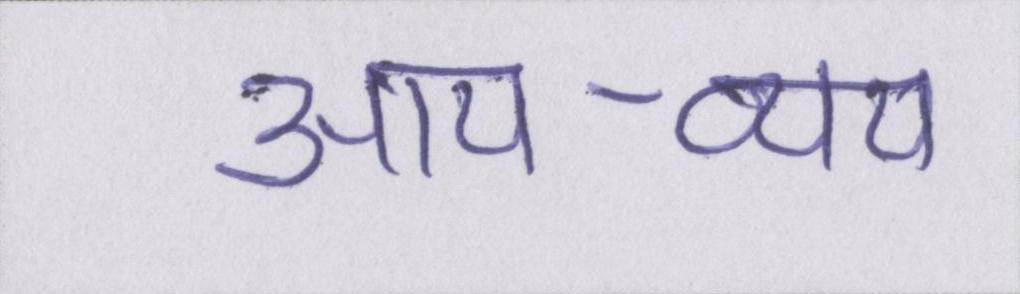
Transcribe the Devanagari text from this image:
आय-व्यय